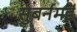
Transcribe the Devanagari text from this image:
सुबर्नमई